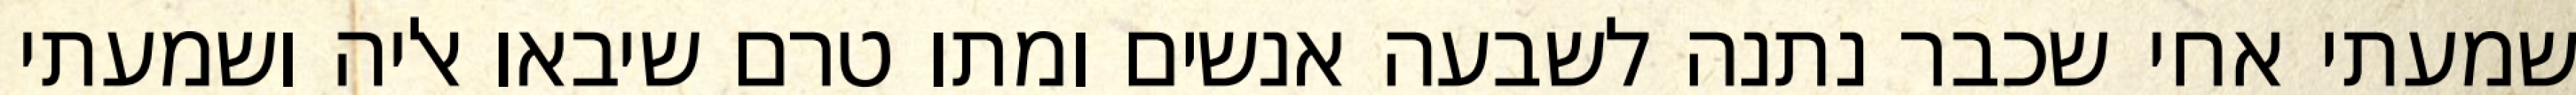
שמעתי אחי שכבר נתנה לשבעה אנשים ומתו טרם שיבאו אליה ושמעתי